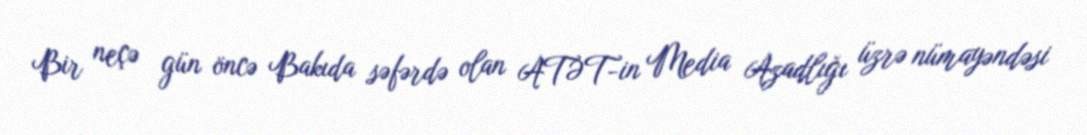
Bir neçə gün öncə Bakıda səfərdə olan ATƏT-in Media Azadlığı üzrə nümayəndəsi